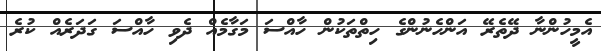
އެމީހުންނާ ދޭތެރޭ އަންހެނުންގެ ހިތްތަކުން ހާއްސަ މަގާމެއް ދެވި ހާއްސަ ގަދަރެއް ކުރެ